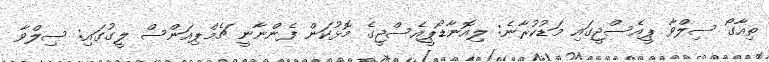
ތިއާގޯ ސިލްވާ ޕީއެސްޖީގައި މަޑުކުރާނެ: ލިއޮނާޑޯޕީއެސްޖީގެ މޮޅުކަން ފެންނާނީ ޗެމްޕިއަންސް ލީގުގައި: ސިލްވާ